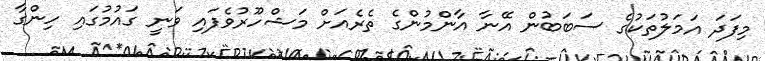
މިފަދަ އަމަލުތަކުގެ ސަބަބުން އޭނާ އާންމުންގެ ތެރެއަށް މަޝްހޫރުވެފައި ވަނީ ގައުމުގައި ހިންގާ